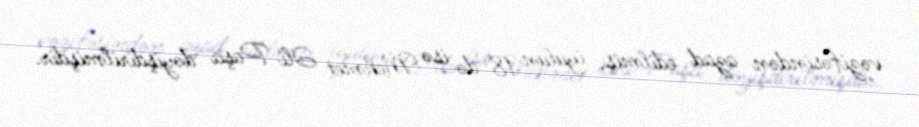
vəzifəsindən azad edilmiş, iyulun 18-də isə Mehmet Əli Paşa dəyişdirilmişdir.